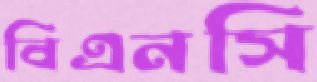
বিএনসি